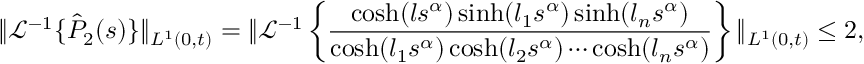
\| \mathcal { L } ^ { - 1 } \{ \hat { P } _ { 2 } ( s ) \} \| _ { L ^ { 1 } ( 0 , t ) } = \| \mathcal { L } ^ { - 1 } \left\{ \frac { \cosh ( l s ^ { \alpha } ) \sinh ( l _ { 1 } s ^ { \alpha } ) \sinh ( l _ { n } s ^ { \alpha } ) } { \cosh ( l _ { 1 } s ^ { \alpha } ) \cosh ( l _ { 2 } s ^ { \alpha } ) \cdots \cosh ( l _ { n } s ^ { \alpha } ) } \right\} \| _ { L ^ { 1 } ( 0 , t ) } \leq 2 ,